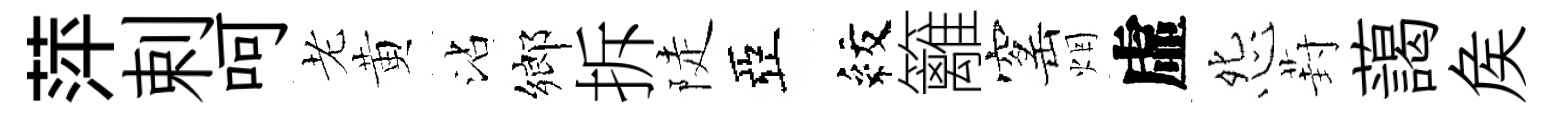
萍剌呵老黄沾鄉拆陡亞紋籬窰烟虛怨葑藹矦